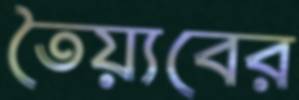
তৈয়্যবের